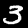
Digit: 3